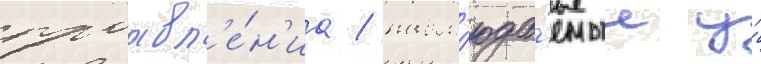
проавл'е́н'иа / набл'юда́емые у́